Civil Veterinary Dept. North-West Frontier Province 1901-22 - 1901-1922
Year: 1901
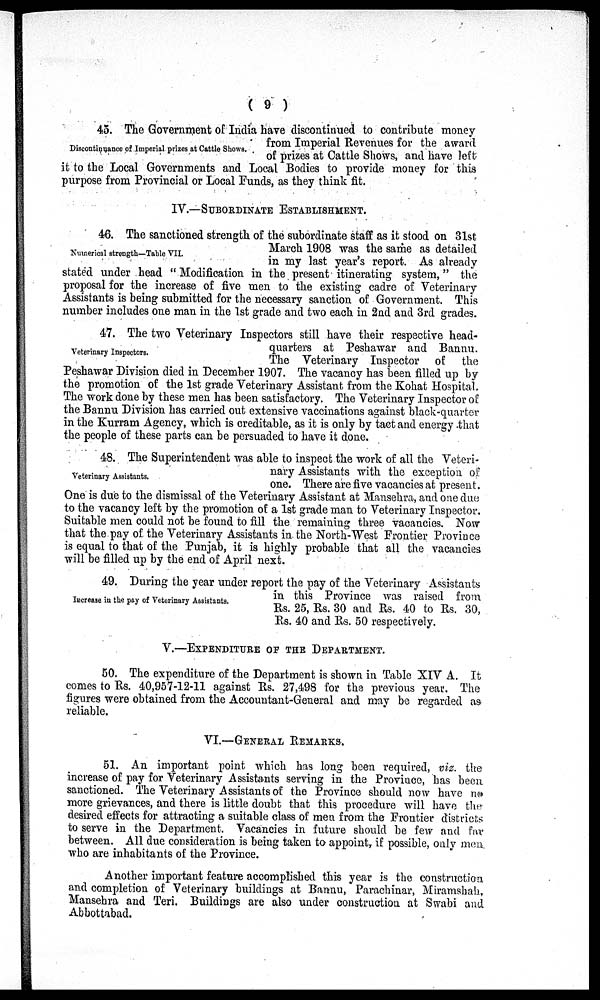
(9)
Discontinuance of Imperial prizes at Cattle Shows,
45. The Government of India have discontinued to contribute money
from Imperial Revenues for the award
of prizes at Cattle Shows, and have left
it to the Local Governments and Local Bodies to provide money for this
purpose from Provincial or Local Funds, as they think fit.
IV.—SUBORDINATE ESTABLISHMENT.
Numerical strength—Table VII.
46. The sanctioned strength of the subordinate staff as it stood on 31st
March 1908 was the same as detailed
in my last year's report. As already
stated under head "Modification in the present itinerating system," the
proposal for the increase of five men to the existing cadre of Veterinary
Assistants is being submitted for the necessary sanction of Government. This
number includes one man in the 1st grade and two each in 2nd and 3rd grades.
Veterinary Inspectors.
47. The two Veterinary Inspectors still have their respective head-
quarters at Peshawar and Bannu.
The Veterinary Inspector of the
Peshawar Division died in December 1907. The vacancy has been filled up by
the promotion of the 1st grade Veterinary Assistant from the Kohat Hospital.
The work done by these men has been satisfactory. The Veterinary Inspector of
the Bannu Division has carried out extensive vaccinations against black-quarter
in the Kurram Agency, which is creditable, as it is only by tact and energy that
the people of these parts can be persuaded to have it done.
Veterinary Assistants.
48. The Superintendent was able to inspect the work of all the Veteri-
nary Assistants with the exception of
one. There are five vacancies at present.
One is due to the dismissal of the Veterinary Assistant at Mansehra, and one due
to the vacancy left by the promotion of a 1st grade man to Veterinary Inspector.
Suitable men could not be found to fill the remaining three vacancies. Now
that the pay of the Veterinary Assistants in the North-West Frontier Province
is equal to that of the Punjab, it is highly probable that all the vacancies
will be filled up by the end of April next.
Increase in the pay of Veterinary Assistants.
49. During the year under report the pay of the Veterinary Assistants
in this Province was raised from
Rs. 25, Rs. 30 and Rs. 40 to Rs. 30,
Rs. 40 and Rs. 50 respectively.
V.—EXPENDITURE OF THE DEPARTMENT.
50. The expenditure of the Department is shown in Table XIV A. It
comes to Rs. 40,957-12-11 against Rs. 27,498 for the previous year. The
figures were obtained from the Accountant-General and may be regarded as
reliable.
VI.—GENERAL REMARKS.
51. An important point which has long been required, viz. the
increase of pay for Veterinary Assistants serving in the Province, has been
sanctioned. The Veterinary Assistants of the Province should now have no
more grievances, and there is little doubt that this procedure will have the
desired effects for attracting a suitable class of men from the Frontier districts
to serve in the Department. Vacancies in future should be few and far
between. All due consideration is being taken to appoint, if possible, only men.
who are inhabitants of the Province.
Another important feature accomplished this year is the construction
and completion of Veterinary buildings at Bannu, Parachinar, Miramshah,
Mansehra and Teri. Buildings are also under construction at Swabi and
Abbottabad.